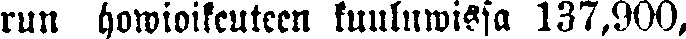
run howioikeuteen kuuluwissa 137,900,